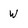
Character: W